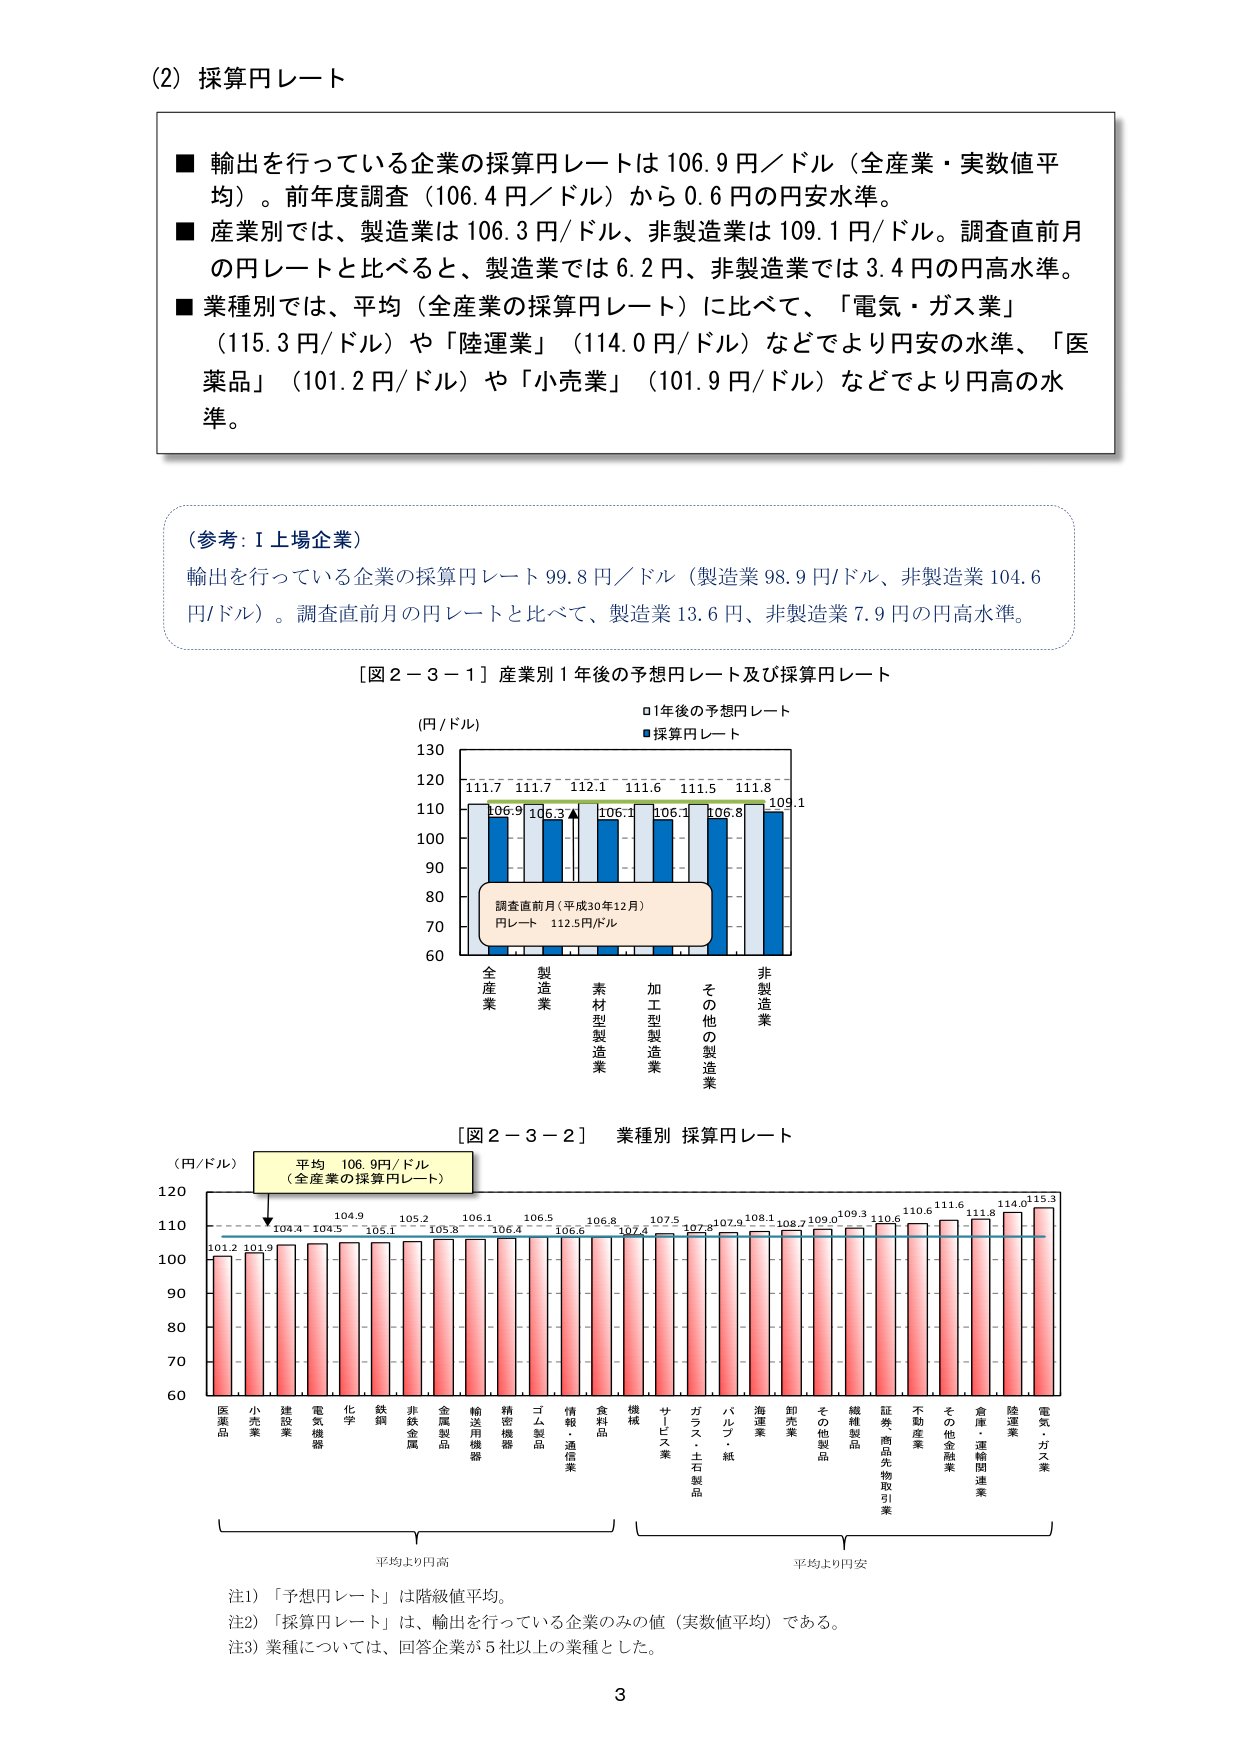
(2) 採算円レート

■ 輸出を行っている企業の採算円レートは 106.9 円／ドル（全産業・実数値平均）。前年度調査（106.4 円／ドル）から 0.6 円の円安水準。
■ 産業別では、製造業は 106.3 円/ドル、非製造業は 109.1 円/ドル。調査直前月の円レートと比べると、製造業では 6.2 円、非製造業では 3.4 円の円高水準。
■ 業種別では、平均（全産業の採算円レート）に比べて、「電気・ガス業」（115.3 円/ドル）や「陸運業」（114.0 円/ドル）などでより円安の水準、「医薬品」（101.2 円/ドル）や「小売業」（101.9 円/ドル）などでより円高の水準。

（参考：Ⅰ上場企業）
輸出を行っている企業の採算円レート 99.8 円／ドル（製造業 98.9 円/ドル、非製造業 104.6 円/ドル）。調査直前月の円レートと比べて、製造業 13.6 円、非製造業 7.9 円の円高水準。

［図２－３－１］産業別１年後の予想円レート及び採算円レート

(円/ドル)
130
120
110
100
90
80
70
60

□1年後の予想円レート
■採算円レート

111.7 111.7 112.1 111.6 111.5 111.8
106.9 106.3 106.1 106.1 106.8 109.1

調査直前月（平成30年12月）
円レート 112.5円/ドル

全産業
製造業
素材型製造業
加工型製造業
その他の製造業
非製造業

［図２－３－２］ 業種別 採算円レート

(円/ドル)
120
110
100
90
80
70
60

平均 106.9円/ドル
（全産業の採算円レート）

101.2 101.9 104.3 104.5 104.9 105.1 105.2 105.8 106.1 106.4 106.5 106.6 106.8 107.4 107.5 107.8 107.9 108.1 108.7 109.0 109.3 110.6 111.6 111.8 114.0 115.3

医薬品 小売業 建設業 電気機器 化学 鉄鋼 非鉄金属 金属製品 輸送用機器 精密機器 ゴム製品 情報・通信業 食料品 機械 サービス業 ガラス・土石製品 パルプ・紙 海運業 卸売業 その他製品 繊維製品 証券商品先物取引業 不動産業 その他金融業 倉庫・運輸関連業 陸運業 電気・ガス業

平均より円高
平均より円安

注1）「予想円レート」は階級値平均。
注2）「採算円レート」は、輸出を行っている企業のみの値（実数値平均）である。
注3）業種については、回答企業が5社以上の業種とした。

3